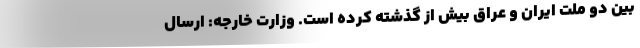
بین دو ملت ایران و عراق بیش از گذشته کرده است. وزارت خارجه: ارسال